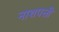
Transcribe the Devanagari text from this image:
नाशपत्ती